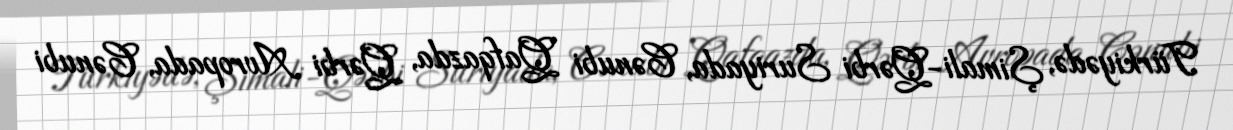
Türkiyədə, Şimali-Qərbi Suriyada, Cənubi Qafqazda, Qərbi Avropada, Cənubi